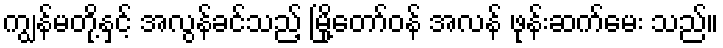
ကျွန်မတို့နှင့် အလွန်ခင်သည့် မြို့တော်ဝန် အလန် ဖုန်းဆက်မေး သည်။